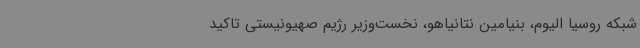
شبکه روسیا الیوم، بنیامین نتانیاهو، نخست‌وزیر رژیم صهیونیستی تاکید